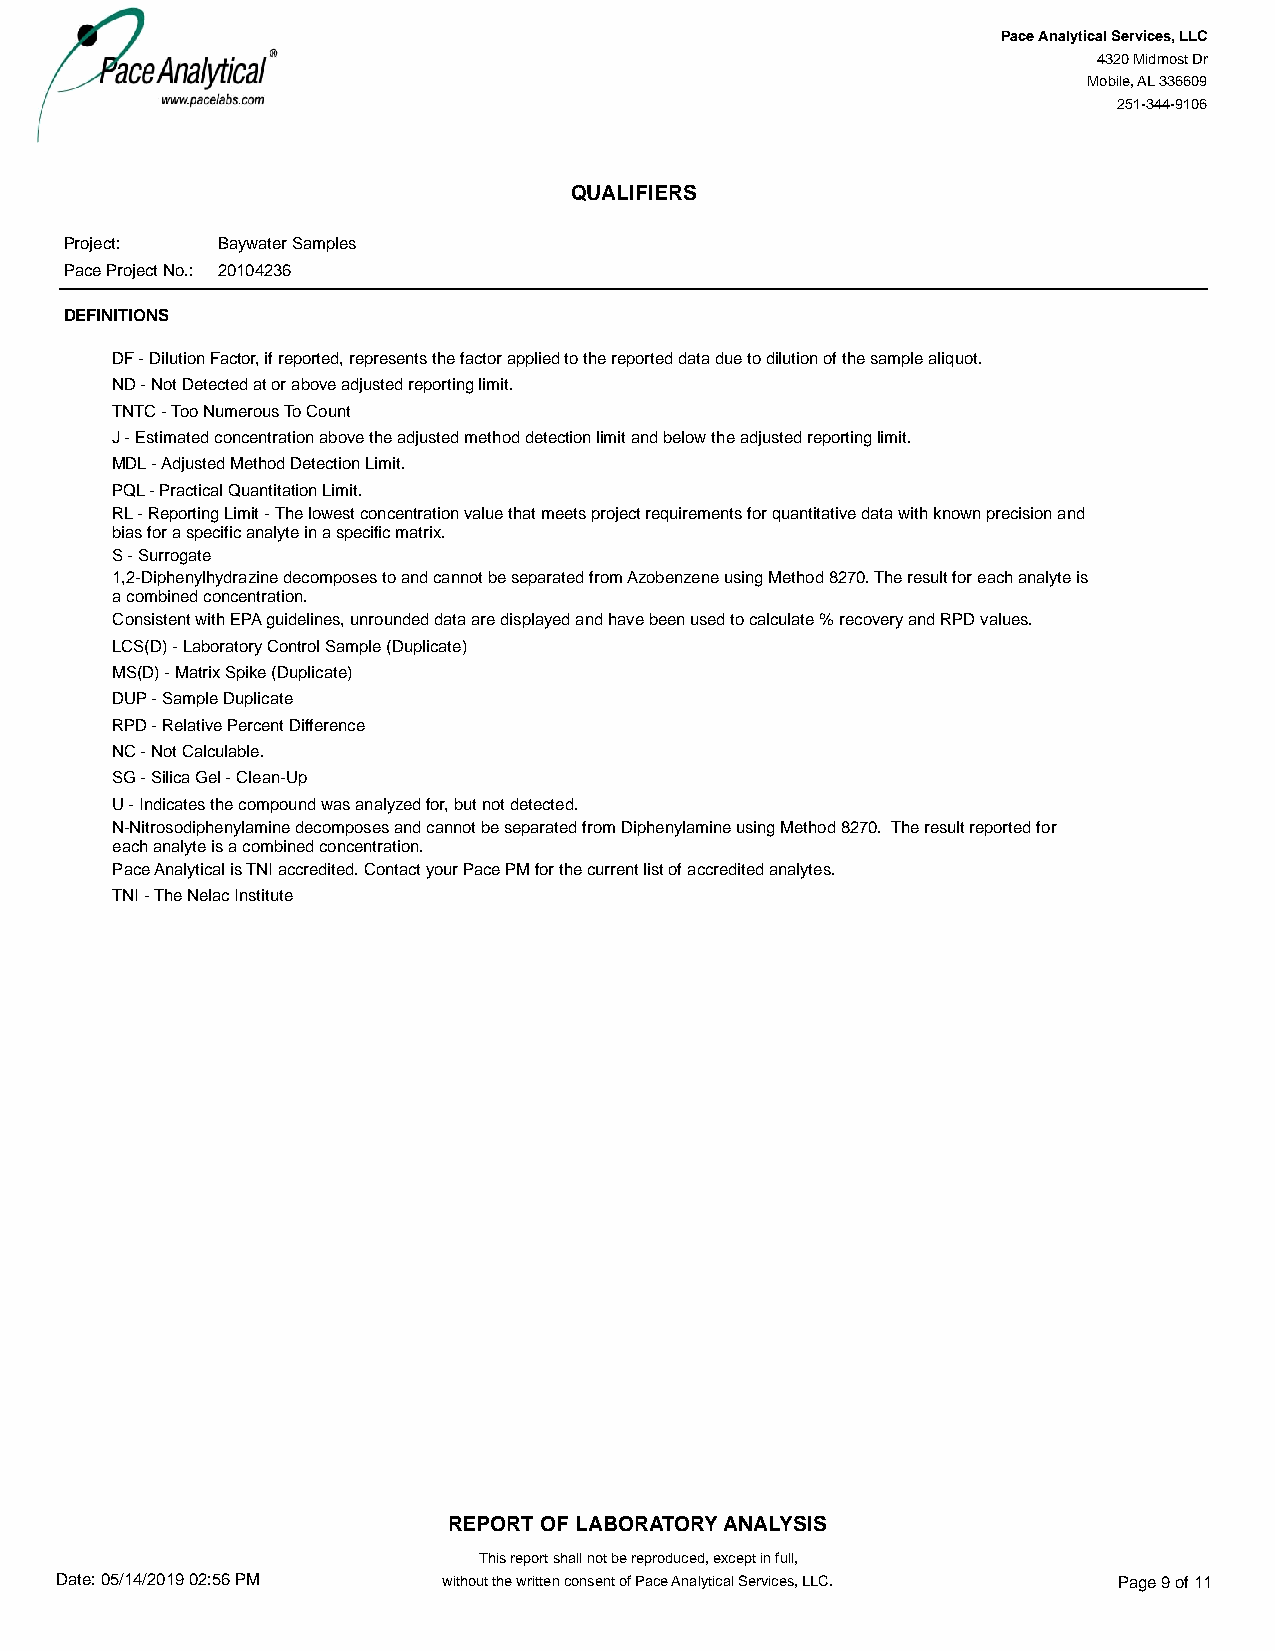
#=QL#
 Pace Analytical Services, LLC
 4320 Midmost Dr
 Mobile, AL 336609
 251-344-9106
 QUALIFIERS
 Project:  Baywater Samples
 Pace Project No.: 20104236
 DEFINITIONS
 DF - Dilution Factor, if reported, represents the factor applied to the reported data due to dilution of the sample aliquot.
 ND - Not Detected at or above adjusted reporting limit.
 TNTC - Too Numerous To Count
 J - Estimated concentration above the adjusted method detection limit and below the adjusted reporting limit.
 MDL - Adjusted Method Detection Limit.
 PQL - Practical Quantitation Limit.
 RL - Reporting Limit - The lowest concentration value that meets project requirements for quantitative data with known precision and
 bias for a specific analyte in a specific matrix.
 S - Surrogate
 1,2-Diphenylhydrazine decomposes to and cannot be separated from Azobenzene using Method 8270. The result for each analyte is
 a combined concentration.
 Consistent with EPA guidelines, unrounded data are displayed and have been used to calculate % recovery and RPD values.
 LCS(D) - Laboratory Control Sample (Duplicate)
 MS(D) - Matrix Spike (Duplicate)
 DUP - Sample Duplicate
 RPD - Relative Percent Difference
 NC - Not Calculable.
 SG - Silica Gel - Clean-Up
 U - Indicates the compound was analyzed for, but not detected.
 N-Nitrosodiphenylamine decomposes and cannot be separated from Diphenylamine using Method 8270. The result reported for
 each analyte is a combined concentration.
 Pace Analytical is TNI accredited. Contact your Pace PM for the current list of accredited analytes.
 TNI - The Nelac Institute
 REPORT OF LABORATORY ANALYSIS
 This report shall not be reproduced, except in full,
 Date: 05/14/2019 02:56 PM without the written consent of Pace Analytical Services, LLC. Page 9 of 11